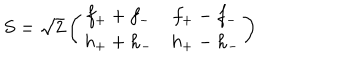
S = \sqrt { 2 } \left( \begin{matrix} { { f _ { + } + f _ { - } } } & { { f _ { + } - f _ { - } } } \\ { { h _ { + } + h _ { - } } } & { { h _ { + } - h _ { - } } } \\ \end{matrix} \right)